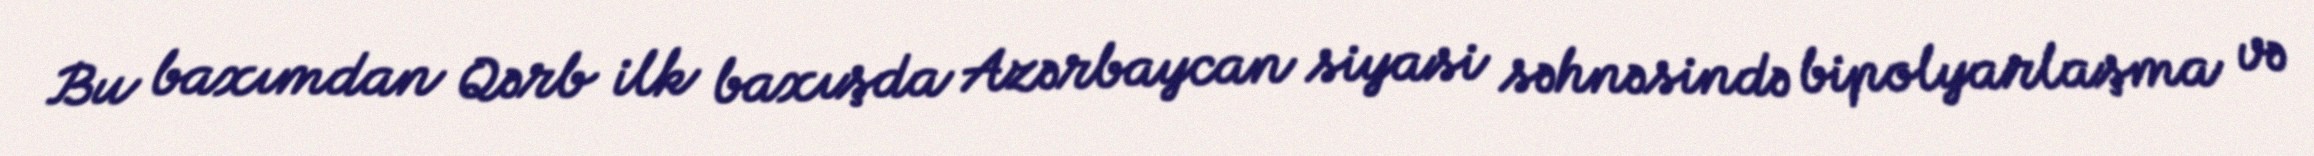
Bu baxımdan Qərb ilk baxışda Azərbaycan siyasi səhnəsində bipolyarlaşma və